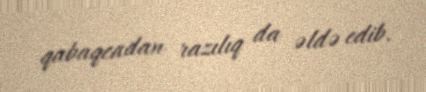
qabaqcadan razılıq da əldə edib.